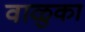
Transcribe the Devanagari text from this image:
वाळुका